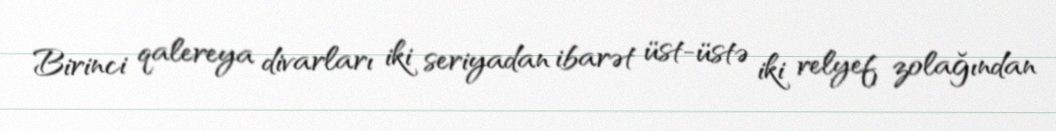
Birinci qalereya divarları iki seriyadan ibarət üst-üstə iki relyef zolağından